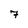
Character: 7